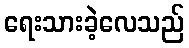
ရေးသားခဲ့လေသည်